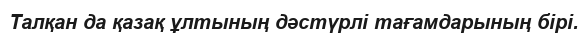
Талқан да қазақ ұлтының дәстүрлі тағамдарының бірі.